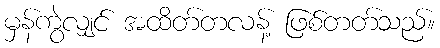
မှန်ကွဲလျှင် အထိတ်တလန့် ဖြစ်တတ်သည်။